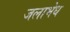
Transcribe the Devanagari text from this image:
जलाभेध